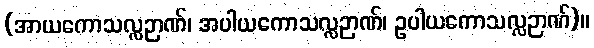
(အာယကောသလ္လဉာဏ်၊ အပါယကောသလ္လဉာဏ်၊ ဥပါယကောသလ္လဉာဏ်)။